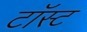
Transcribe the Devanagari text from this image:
टॉस्ट